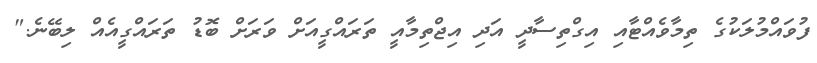
ފުވައްމުލަކުގެ ތިމާވެއްޓާއި އިގްތިސާދީ އަދި އިޖްތިމާއީ ތަރައްގީއަށް ވަރަށް ބޮޑު ތަރައްގީއެއް ލިބޭނެ."